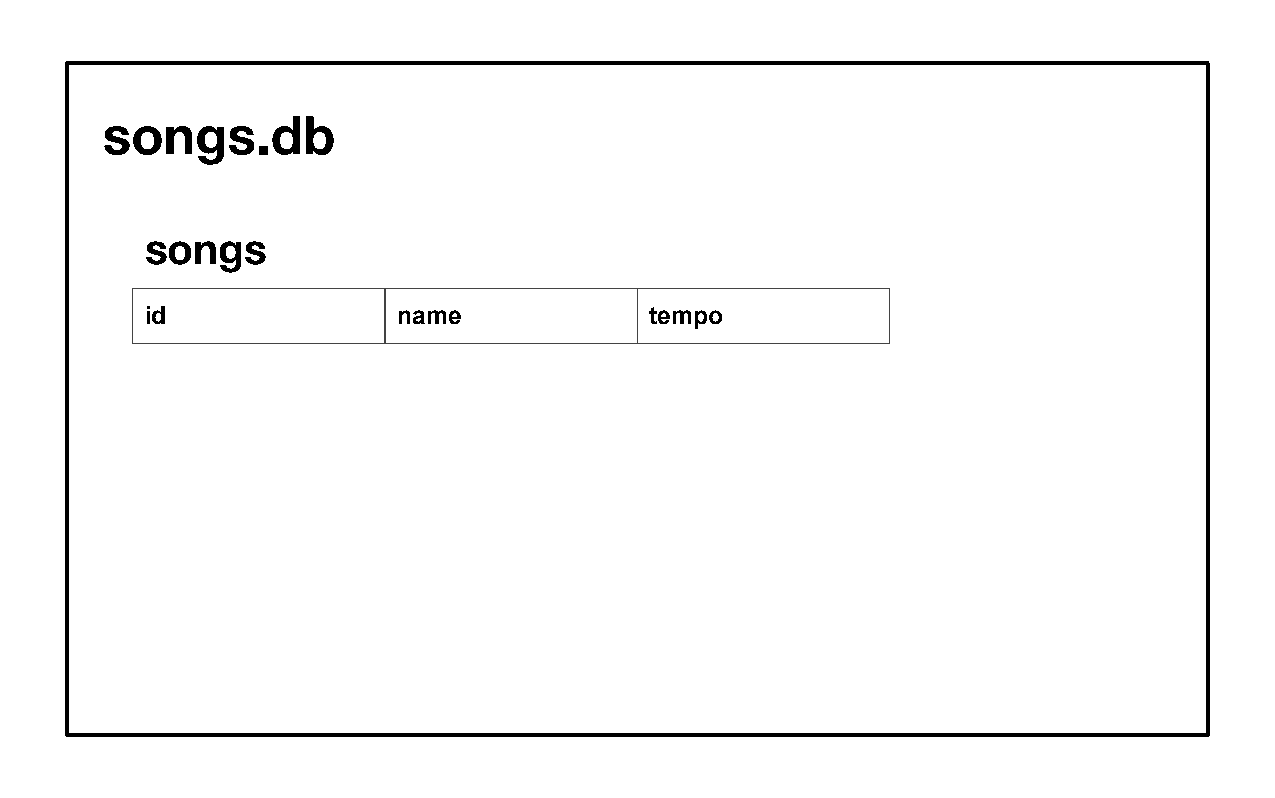
songs.db
 songs
 id              name             tempo